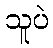
သူပဲ